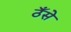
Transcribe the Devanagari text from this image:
ठँसे